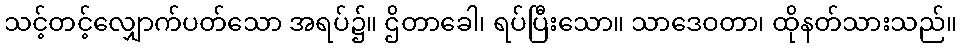
သင့်တင့်လျှောက်ပတ်သော အရပ်၌။ ဌိတာခေါ၊ ရပ်ပြီးသော။ သာဒေဝတာ၊ ထိုနတ်သားသည်။